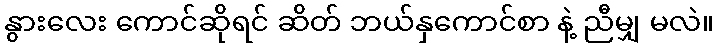
နွားလေး ကောင်ဆိုရင် ဆိတ် ဘယ်နှကောင်စာ နဲ့ ညီမျှ မလဲ။